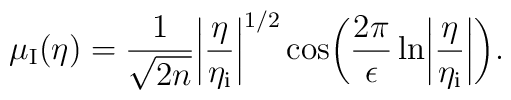
\mu _{\rm I}(\eta )=\frac{1}{\sqrt{2n}}\biggl\vert \frac{\eta }{\eta _{\rm i}}\biggr \vert ^{1/2}\cos \biggl(\frac{2\pi }{\epsilon }\ln \biggl\vert \frac{\eta }{\eta _{\rm i}}\biggr \vert \biggr).